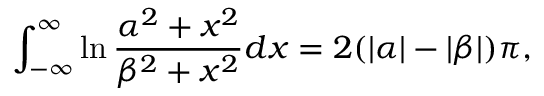
\int _ { - \infty } ^ { \infty } \ln \frac { \alpha ^ { 2 } + x ^ { 2 } } { \beta ^ { 2 } + x ^ { 2 } } d x = 2 ( | \alpha | - | \beta | ) \pi ,